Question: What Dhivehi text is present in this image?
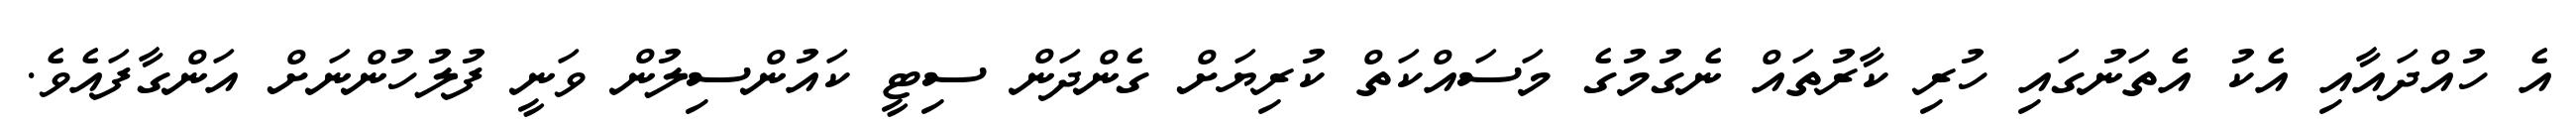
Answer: އެ ހުއްދައާއި އެކު އެތަނުގައި ހުރި ކާރުތައް ނެގުމުގެ މަސައްކަތް ކުރިޔަށް ގެންދަން ސިޓީ ކައުންސިލުން ވަނީ ފުލުހުންނަށް އަންގާފައެވެ.